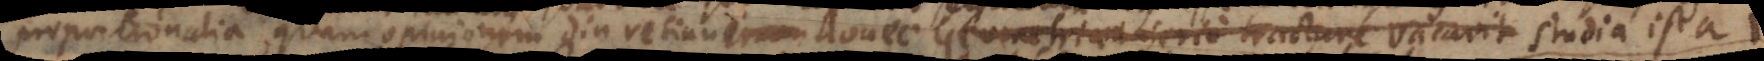
proportionalia, quam opinionem diu retinui, donec Geometriam serio tractare vacavit studia ista